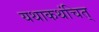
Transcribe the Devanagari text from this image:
यथाकथंचित्‌